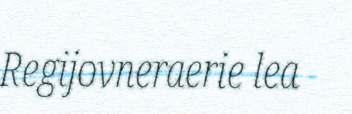
Regijovneraerie lea